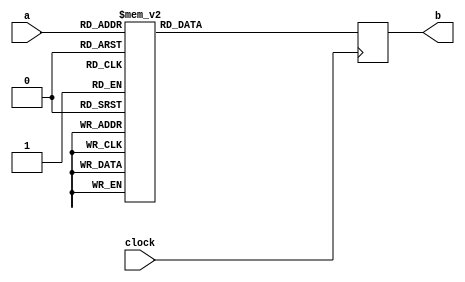
module ecode(clock,a,b);
input [3:0] a;
input clock;
output [7:0] b;
reg [7:0] b;

always@(posedge clock)
	begin
	  
		case (a)
			4'b0000: b = 8'b00111111;//1000000; // 0
			4'b0001: b = 8'b00000110;//1111001; // 1
			4'b0010: b = 8'b01011011;//0100100; // 2
			4'b0011: b = 8'b01001111;//0110000; // 3
			4'b0100: b = 8'b01100110;//0011001; // 4
			4'b0101: b = 8'b01101101;//0010010; // 5
			4'b0110: b = 8'b01111101;//0000010; // 6
			4'b0111: b = 8'b00000111;//1111000; // 7
			4'b1000: b = 8'b01111111;//0000000; // 8
			4'b1001: b = 8'b01101111;//0010000; // 9
			default  b = 8'b00111111;//1000000; // 0
		endcase
	end
endmodule